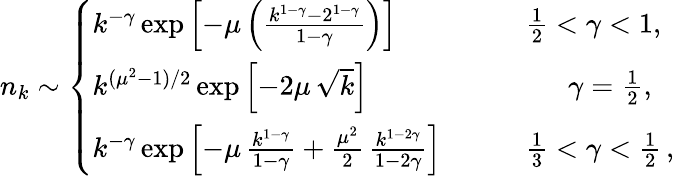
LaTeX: \begin{array}{r}{n_{k}\sim\left\{ \begin{array}{ll}{k^{-\gamma}\exp\left[-\mu\left(\frac{k^{1-\gamma}-2^{1-\gamma}}{1-\gamma}\right)\right]}&{\qquad\frac{1}{2}<\gamma<1,}\\ {k^{(\mu^{2}-1)/2}\exp\left[-2\mu\, \sqrt{k}\right]}&{~~~~~~\qquad\gamma=\frac{1}{2},}\\ {k^{-\gamma}\exp\left[-\mu\, \frac{k^{1-\gamma}}{1-\gamma}+\frac{\mu^{2}}{2}\, \frac{k^{1-2\gamma}}{1-2\gamma}\right]}&{\qquad\frac{1}{3}<\gamma<\frac{1}{2}\, ,}\end{array}\right.}\end{array}